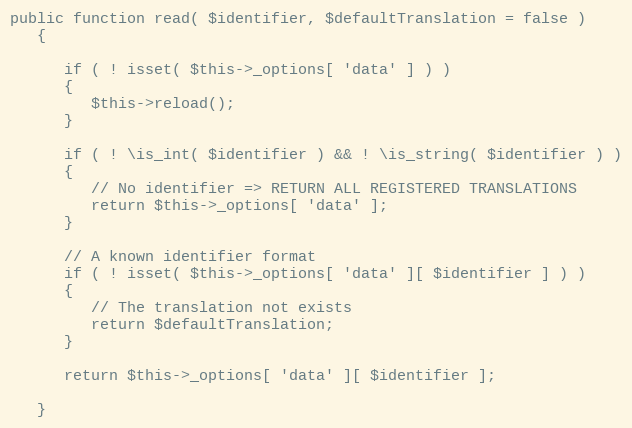
Language: PHP
public function read( $identifier, $defaultTranslation = false )
   {

      if ( ! isset( $this->_options[ 'data' ] ) )
      {
         $this->reload();
      }

      if ( ! \is_int( $identifier ) && ! \is_string( $identifier ) )
      {
         // No identifier => RETURN ALL REGISTERED TRANSLATIONS
         return $this->_options[ 'data' ];
      }

      // A known identifier format
      if ( ! isset( $this->_options[ 'data' ][ $identifier ] ) )
      {
         // The translation not exists
         return $defaultTranslation;
      }

      return $this->_options[ 'data' ][ $identifier ];

   }